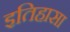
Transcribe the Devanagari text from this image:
इतिहासा